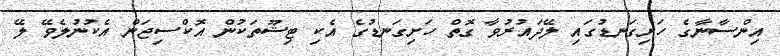
އިންސާނާގެ ހަށިގަނޑުގައި ލޭދައުރުވާ ގޮތް ހަށިގަނޑުގެ އެކި ޓިޝޫތަކުން އޮކްސިޖަން އެކުނުލެވޭ ލޭ